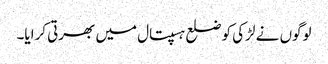
لوگوں نے لڑکی کو ضلع ہسپتال میں بھرتی کرایا۔